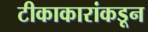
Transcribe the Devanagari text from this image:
टीकाकारांकडून